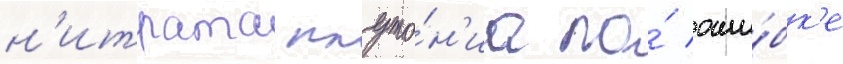
н'итрата плуто́н'иа по́ оши́бк'е